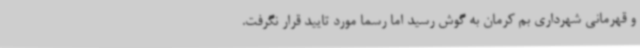
و قهرمانی شهرداری بم کرمان به گوش رسید اما رسما مورد تایید قرار نگرفت.